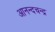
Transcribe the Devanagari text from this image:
आनन्दचन्द्र